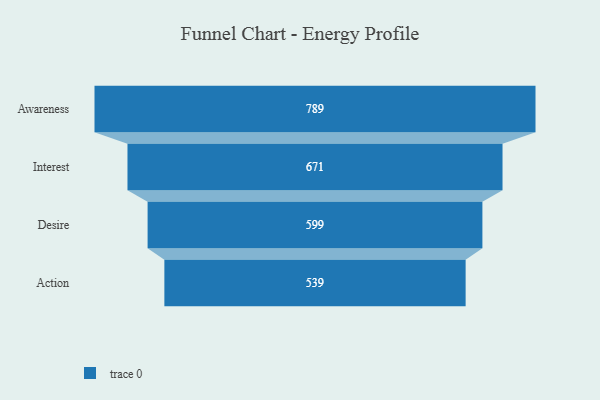
{"axis": {"x": "Stage", "y": "Value"}, "legend": [""], "data": [{"x": "Awareness", "y": 789.0, "type": ""}, {"x": "Interest", "y": 671.0, "type": ""}, {"x": "Desire", "y": 599.0, "type": ""}, {"x": "Action", "y": 539.0, "type": ""}]}